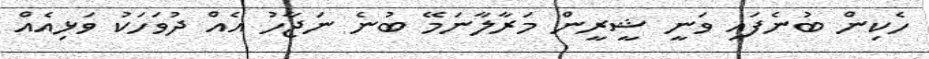
ހެކިން ބުނެފައި ވަނީ ޝީރީން މަރާލާނަމޭ ބުނެ ނަޖާހު އެއް ދުވަހަކު ވަޅިއެއް